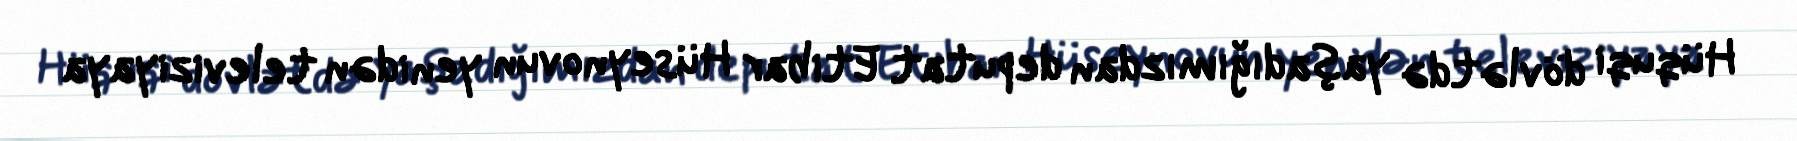
Hüquqi dövlətdə yaşadığımızdan deputat Etibar Hüseynovun yenidən televiziyaya